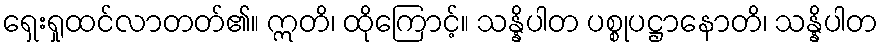
ရှေးရှုထင်လာတတ်၏။ ဣတိ၊ ထိုကြောင့်။ သန္နိပါတ ပစ္စုပဋ္ဌာနောတိ၊ သန္နိပါတ